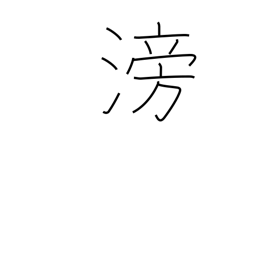
Meaning: flowing